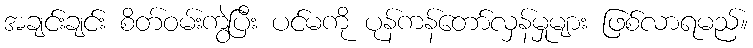
အချင်းချင်း စိတ်ဝမ်းကွဲပြီး ပင်မကို ပုန်ကန်တော်လှန်မှုများ ဖြစ်လာရမည်။